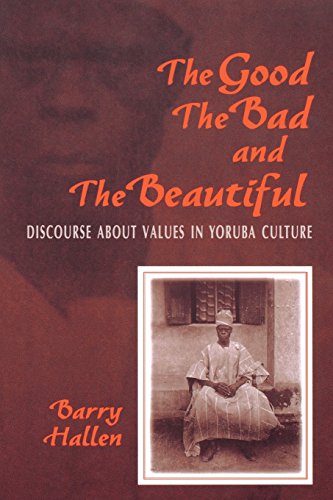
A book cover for The Good, the Bad, and the Beautiful: Discourse about Values in Yoruba Culture; Barry Hallen; History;